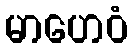
မာဟေဝံ